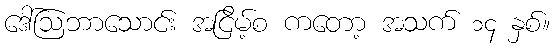
ဒေါ်ဩဘာသောင်း အငြိမ့်စ ကတော့ အသက် ၁၄ နှစ်။